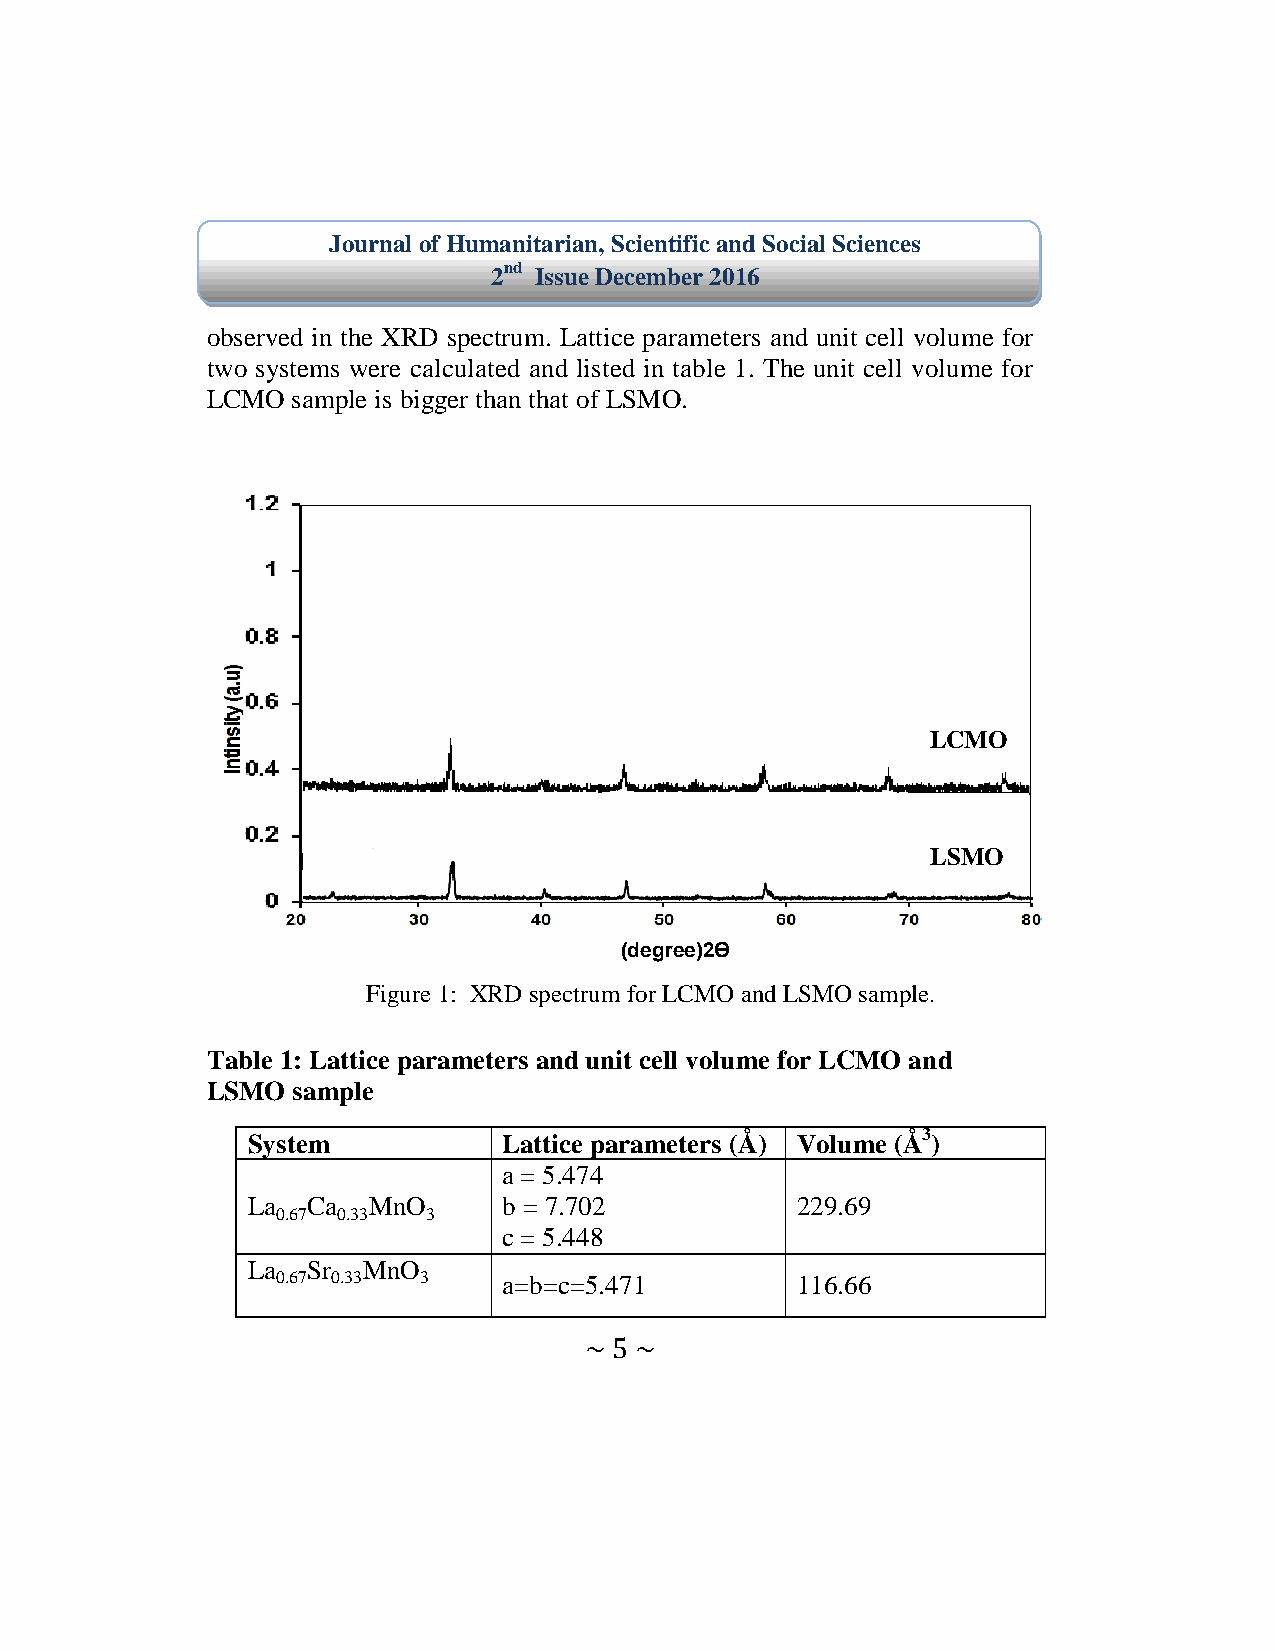
Journal of Humanitarian, Scientific and Social Sciences
 2nd Issue December 2016
 observed in the XRD spectrum. Lattice parameters and unit cell volume for
 two systems were calculated and listed in table 1. The unit cell volume for
 LCMO sample is bigger than that of LSMO.
 LCMO
 LSMO
 (degree)2ϴ
 Figure 1: XRD spectrum for LCMO and LSMO sample.
 Table 1: Lattice parameters and unit cell volume for LCMO and
 LSMO sample
 System           Lattice parameters (Å) Volume (Å3)
 a = 5.474
 La  Ca  MnO      b = 7.702           229.69
 0.67 0.33 3
 c = 5.448
 La  Sr  MnO
 0.67 0.33 3    a=b=c=5.471         116.66
 ~ 5 ~